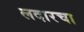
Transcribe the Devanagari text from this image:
लदारचा